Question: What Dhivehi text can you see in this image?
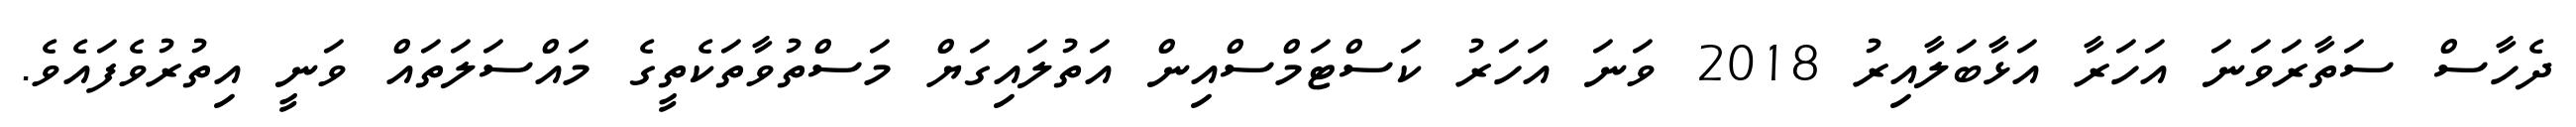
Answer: ދެހާސް ސަތާރަވަނަ އަހަރާ އަޅާބަލާއިރު 2018 ވަނަ އަހަރު ކަސްޓަމްސްއިން އަތުލައިގަޔް މަސްތުވާތަކެތީގެ މައްސަލަތައް ވަނީ އިތުރުވެފައެވެ.